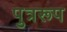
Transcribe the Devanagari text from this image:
पुत्ररूप